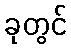
ခုတွင်